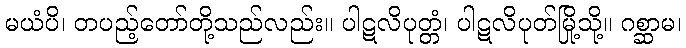
မယံပိ၊ တပည့်တော်တို့သည်လည်း။ ပါဋလိပုတ္တံ၊ ပါဋလိပုတ်မြို့သို့။ ဂစ္ဆာမ၊